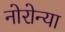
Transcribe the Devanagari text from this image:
नोरोन्या